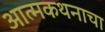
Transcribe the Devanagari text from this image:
आत्मकथनाचा